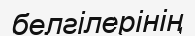
белгілерінің